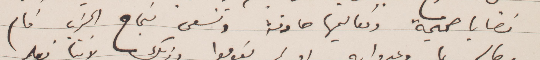
قضايا صحيحة وتعاليمها حادثة وتسعى لنجاح الحزب فان